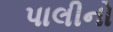
પાલીનો